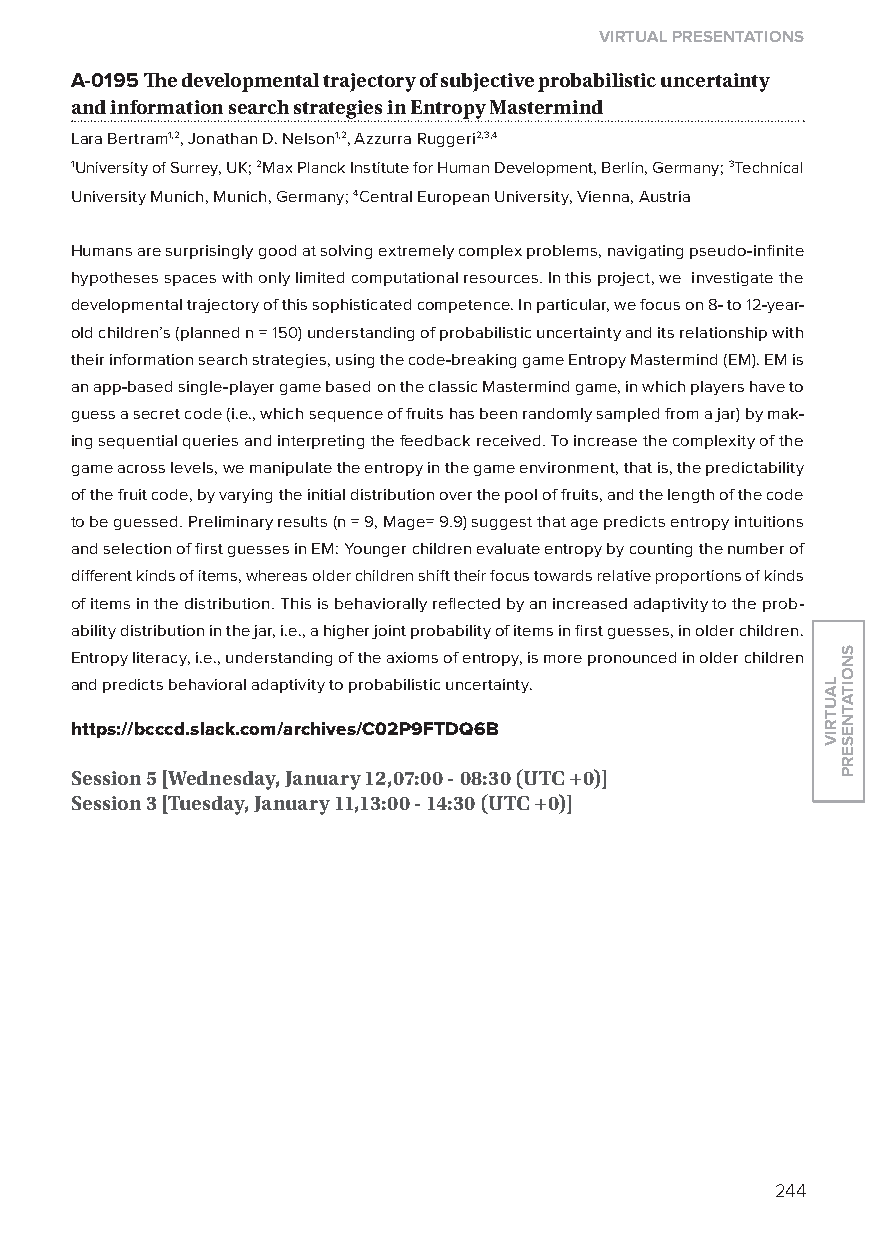
virtual presentations
 A-0195 The developmental trajectory of subjective probabilistic uncertainty
 and information search strategies in entropy mastermind
 lara Bertram1,2, Jonathan D. Nelson1,2, Azzurra Ruggeri2,3,4
 1University of Surrey, UK; 2Max Planck Institute for Human Development, Berlin, Germany; 3Technical
 University Munich, Munich, Germany; 4Central European University, Vienna, Austria
 Humans are surprisingly good at solving extremely complex problems, navigating pseudo-infinite
 hypotheses spaces with only limited computational resources. In this project, we investigate the
 developmental trajectory of this sophisticated competence. In particular, we focus on 8- to 12-year-
 old children’s (planned n = 150) understanding of probabilistic uncertainty and its relationship with
 their information search strategies, using the code-breaking game Entropy Mastermind (EM). EM is
 an app-based single-player game based on the classic Mastermind game, in which players have to
 guess a secret code (i.e., which sequence of fruits has been randomly sampled from a jar) by mak-
 ing sequential queries and interpreting the feedback received. To increase the complexity of the
 game across levels, we manipulate the entropy in the game environment, that is, the predictability
 of the fruit code, by varying the initial distribution over the pool of fruits, and the length of the code
 to be guessed. Preliminary results (n = 9, Mage= 9.9) suggest that age predicts entropy intuitions
 and selection of first guesses in EM: younger children evaluate entropy by counting the number of
 different kinds of items, whereas older children shift their focus towards relative proportions of kinds
 of items in the distribution. This is behaviorally reflected by an increased adaptivity to the prob-
 ability distribution in the jar, i.e., a higher joint probability of items in first guesses, in older children.
 Entropy literacy, i.e., understanding of the axioms of entropy, is more pronounced in older children
 and predicts behavioral adaptivity to probabilistic uncertainty.
 https://bcccd.slack.com/archives/C02p9FTdQ6B
 session 5 [Wednesday, January 12,07:00 - 08:30 (utC +0)]
 session 3 [tuesday, January 11,13:00 - 14:30 (utC +0)]
 244
 lautriv
 snoitatneserp